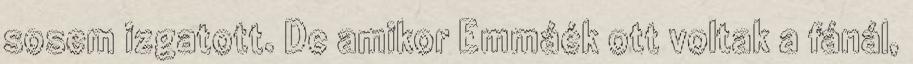
sosem izgatott. De amikor Emmáék ott voltak a fánál,